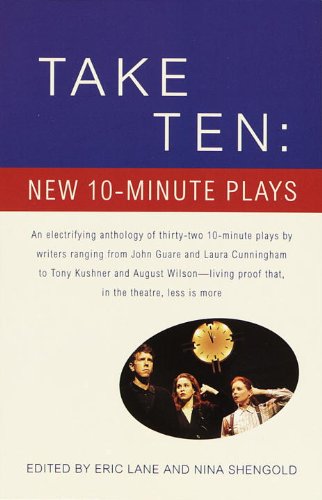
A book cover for Take Ten: New 10-Minute Plays; Literature & Fiction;